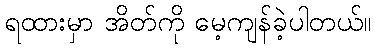
ရထားမှာ အိတ်ကို မေ့ကျန်ခဲ့ပါတယ်။